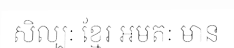
សិល្បៈ ខ្មែរ អមតៈ មាន